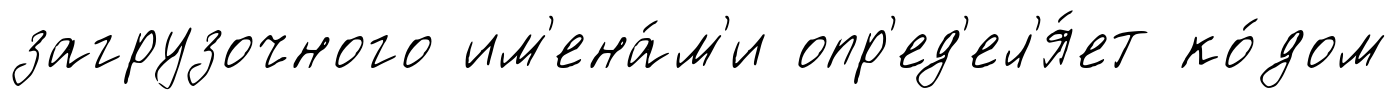
загрузочного им'ена́м'и опр'ед'ел'я́ет ко́дом